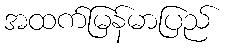
အထက်မြန်မာပြည်